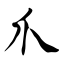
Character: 爪